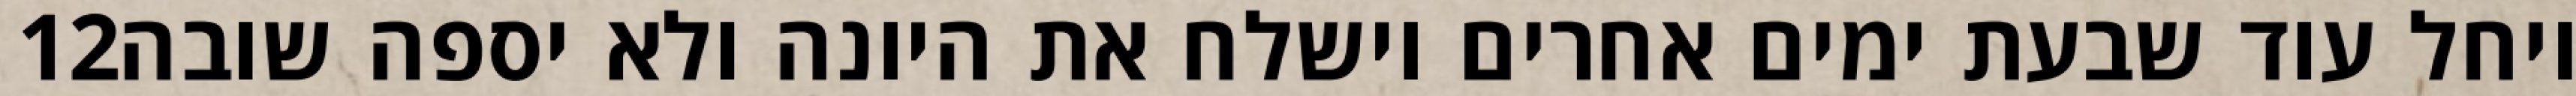
‎12‏ ויחל עוד שבעת ימים אחרים וישלח את היונה ולא יספה שובה